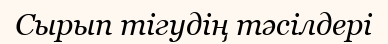
Сырып тігудің тәсілдері